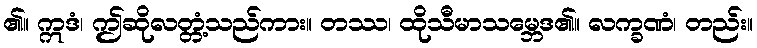
၏။ ဣဒံ၊ ဤဆိုလတ္တံ့သည်ကား။ တဿ၊ ထိုသီမာသမ္ဘေဒ၏။ လက္ခဏံ၊ တည်း။